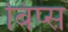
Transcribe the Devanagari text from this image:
बिप्स